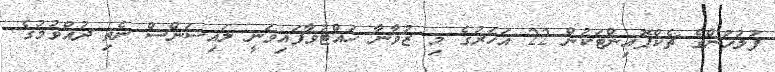
ފުލުހުންގެ ޗެކްޕޮއިންޓަކުން 22 އަހަރުގެ މި ޒުވާނާ ހުއްޓުވާފައިވަނީ ލައިސަންސް ނެތި ދުއްވުމުގެ